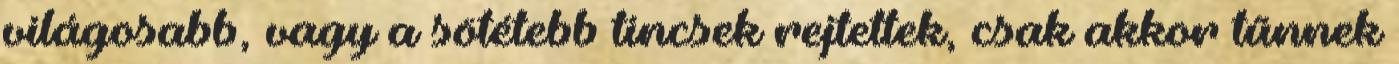
világosabb, vagy a sötétebb tincsek rejtettek, csak akkor tűnnek